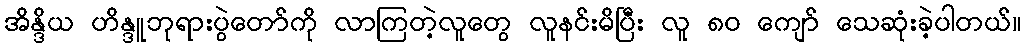
အိန္ဒိယ ဟိန္ဒူဘုရားပွဲတော်ကို လာကြတဲ့လူတွေ လူနင်းမိပြီး လူ ၈၀ ကျော် သေဆုံးခဲ့ပါတယ်။